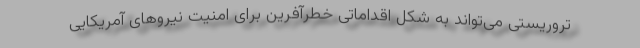
تروریستی می‌تواند به شکل اقداماتی خطرآفرین برای امنیت نیروهای آمریکایی